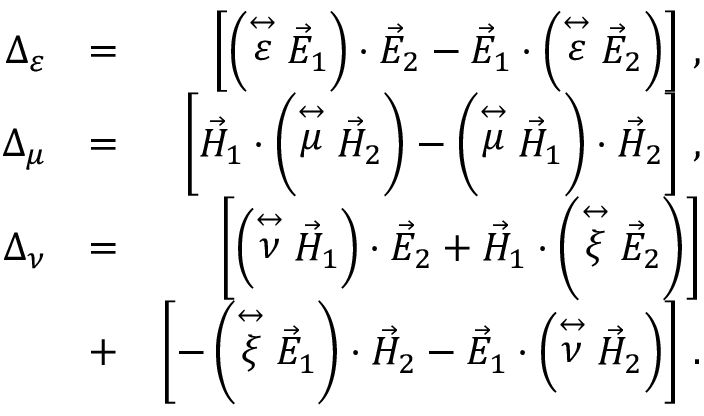
\begin{array} { r l r } { \Delta _ { \varepsilon } } & { = } & { \left\lbrack \left( \stackrel { \leftrightarrow } { \varepsilon } \vec { E } _ { 1 } \right) \cdot \vec { E } _ { 2 } - \vec { E } _ { 1 } \cdot \left( \stackrel { \leftrightarrow } { \varepsilon } \vec { E } _ { 2 } \right) \right\rbrack \, , } \\ { \Delta _ { \mu } } & { = } & { \left\lbrack \vec { H } _ { 1 } \cdot \left( \stackrel { \leftrightarrow } { \mu } \vec { H } _ { 2 } \right) - \left( \stackrel { \leftrightarrow } { \mu } \vec { H } _ { 1 } \right) \cdot \vec { H } _ { 2 } \right\rbrack \, , } \\ { \Delta _ { \nu } } & { = } & { \left\lbrack \left( \stackrel { \leftrightarrow } { \nu } \vec { H } _ { 1 } \right) \cdot \vec { E } _ { 2 } + \vec { H } _ { 1 } \cdot \left( \stackrel { \leftrightarrow } { \xi } \vec { E } _ { 2 } \right) \right\rbrack } \\ & { + } & { \left\lbrack - \left( \stackrel { \leftrightarrow } { \xi } \vec { E } _ { 1 } \right) \cdot \vec { H } _ { 2 } - \vec { E } _ { 1 } \cdot \left( \stackrel { \leftrightarrow } { \nu } \vec { H } _ { 2 } \right) \right\rbrack \, . } \end{array}